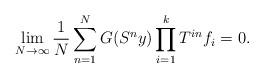
LaTeX: \begin{align*}\lim_{N\to\infty}\frac1N\sum_{n=1}^N G(S^ny)\prod_{i=1}^k T^{in}f_i=0.\end{align*}